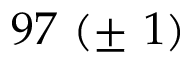
9 7 \ ( \pm \ 1 )